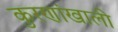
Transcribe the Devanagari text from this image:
कुरणांखाली